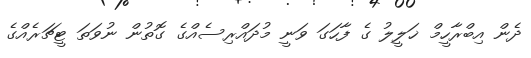
ދެން އިބްރާހީމް ޚަލީލު ގެ ފާހަގަ ވަނީ މުދައްރިސެއްގެ ގޮތުން ނުވަތަ ޓީޗަރެއްގެ